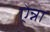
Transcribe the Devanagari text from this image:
ऐन्ना